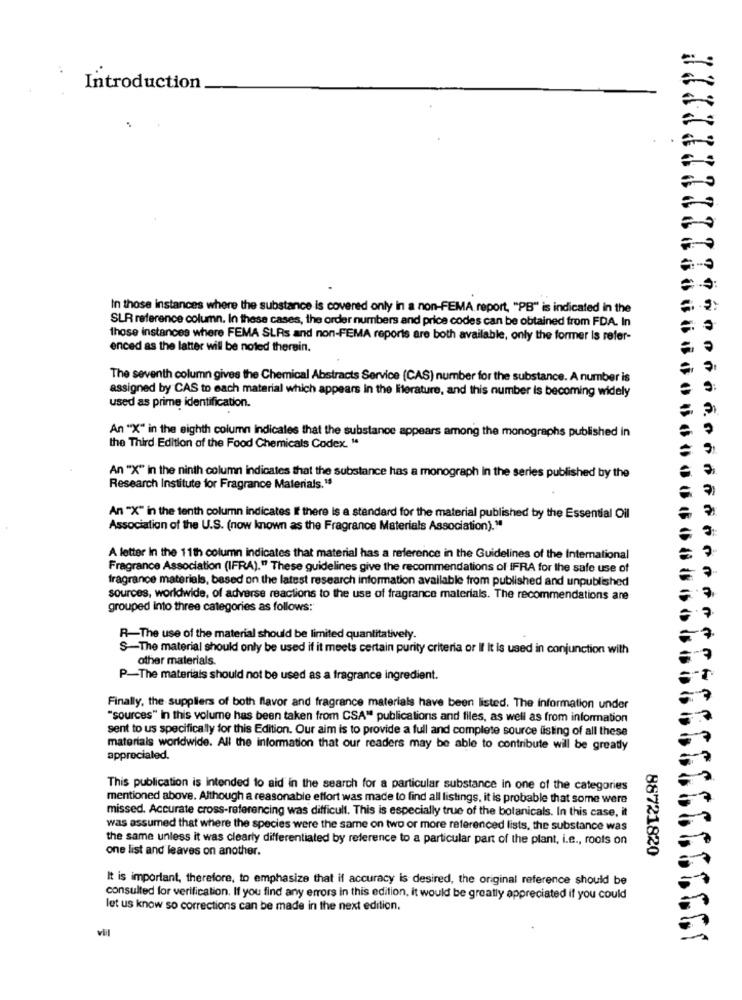
Introduction
In those instances where the substance is covered only in a non-FEMA report, "PB" is indicated in the
SLR reference column. In these cases, the order numbers and price codes can be obtained from FDA. In
those instances where FEMA SLRs and non-FEMA reports are both available, only the former Is refer-
enced as the latter will be noted therein.
The seventh column gives the Chemical Abstracts Service (CAS) number for the substance. A number is
assigned by CAS to each material which appears In the literature, and this number is becoming widely
used as prime identification.
An "X" in the eighth column Indicates that the substance appears among the monographs published in
the Third Edition of the Food Chemicals Codex. "
An "X" in the ninth column indicates that the substance has a monograph in the series published by the
Research Institute for Fragrance Materials.19
An "X" in the tenth column indicates It there is a standard for the material published by the Essential Oil
Association of the U.S. (now known as the Fragrance Materials Association)."
A letter In the 11th column indicates that material has a reference in the Guidelines of the International
Fragrance Association (IFRA)." These guidelines give the recommendations of IFRA for the safe use of
fragrance materials, based on the latest research information available from published and unpublished
sources, worldwide, of adverse reactions to the use of fragrance materials. The recommendations are
grouped into three categories as follows:"
R-The use of the material should be limited quantitatively.
S-The material should only be used if it meets certain purity criteria or If It is used in conjunction with
other materials.
P-The materials should not be used as a fragrance ingredient.
Finally, the suppliers of both flavor and fragrance materials have been listed. The information under
"sources" in this volume has been taken from CSA" publications and files, as well as from information
sent to us specifically for this Edition. Our aim is to provide a full and complete source listing of all these
materials worldwide. All the information that our readers may be able to contribute will be greatly
appreciated.
This publication is intended to aid in the search for a particular substance in one of the categories
mentioned above. Although a reasonable effort was made to find all listings, it is probable that some were
missed. Accurate cross-referencing was difficult. This is especially true of the botanicals. In this case, it
was assumed that where the species were the same on two or more referenced lists, the substance was
the same unless it was clearly differentiated by reference to a particular part of the plant, i.e ., roots on
one list and leaves on another.
88721820
It is important, therefore, to emphasize that if accuracy is desired, the original reference should be
consulted for verification. If you find any errors in this edition, it would be greatly appreciated if you could
let us know so corrections can be made in the next edition.